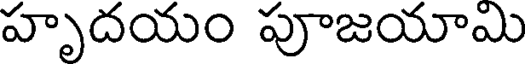
హృదయం పూజయామి